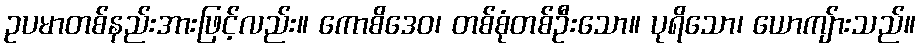
ဥပမာတစ်နည်းအားဖြင့်လည်း။ ကောစိဒေဝ၊ တစ်စုံတစ်ဦးသော။ ပုရိသော၊ ယောကျ်ားသည်။